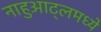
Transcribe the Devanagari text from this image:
नाहुआट्लमध्ये